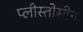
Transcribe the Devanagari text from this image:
प्लीस्तोसीन